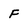
Character: F